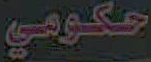
حكومي